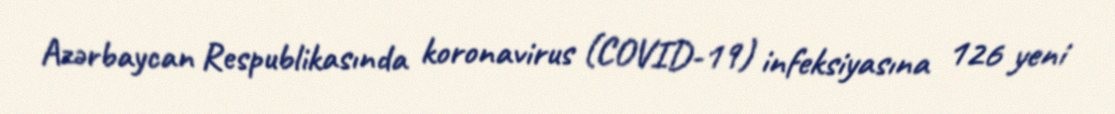
Azərbaycan Respublikasında koronavirus (COVID-19) infeksiyasına 126 yeni